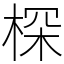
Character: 棎